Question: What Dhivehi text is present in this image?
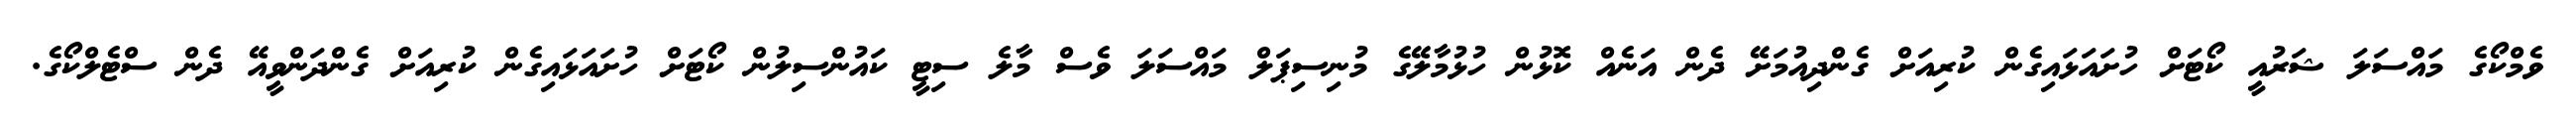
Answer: ވެމްކޯގެ މައްސަލަ ޝަރުއީ ކޯޓަށް ހުށައަޅައިގެން ކުރިއަށް ގެންދިއުމަށޭ ދެން އަނެއް ކޮޅުން ހުޅުމާލޭގެ މުނިސިޕަލް މައްސަލަ ވެސް މާލެ ސިޓީ ކައުންސިލުން ކޯޓަށް ހުށައަޅައިގެން ކުރިއަށް ގެންދަންވީއޭ ދެން ސްޓެލްކޯގެ.